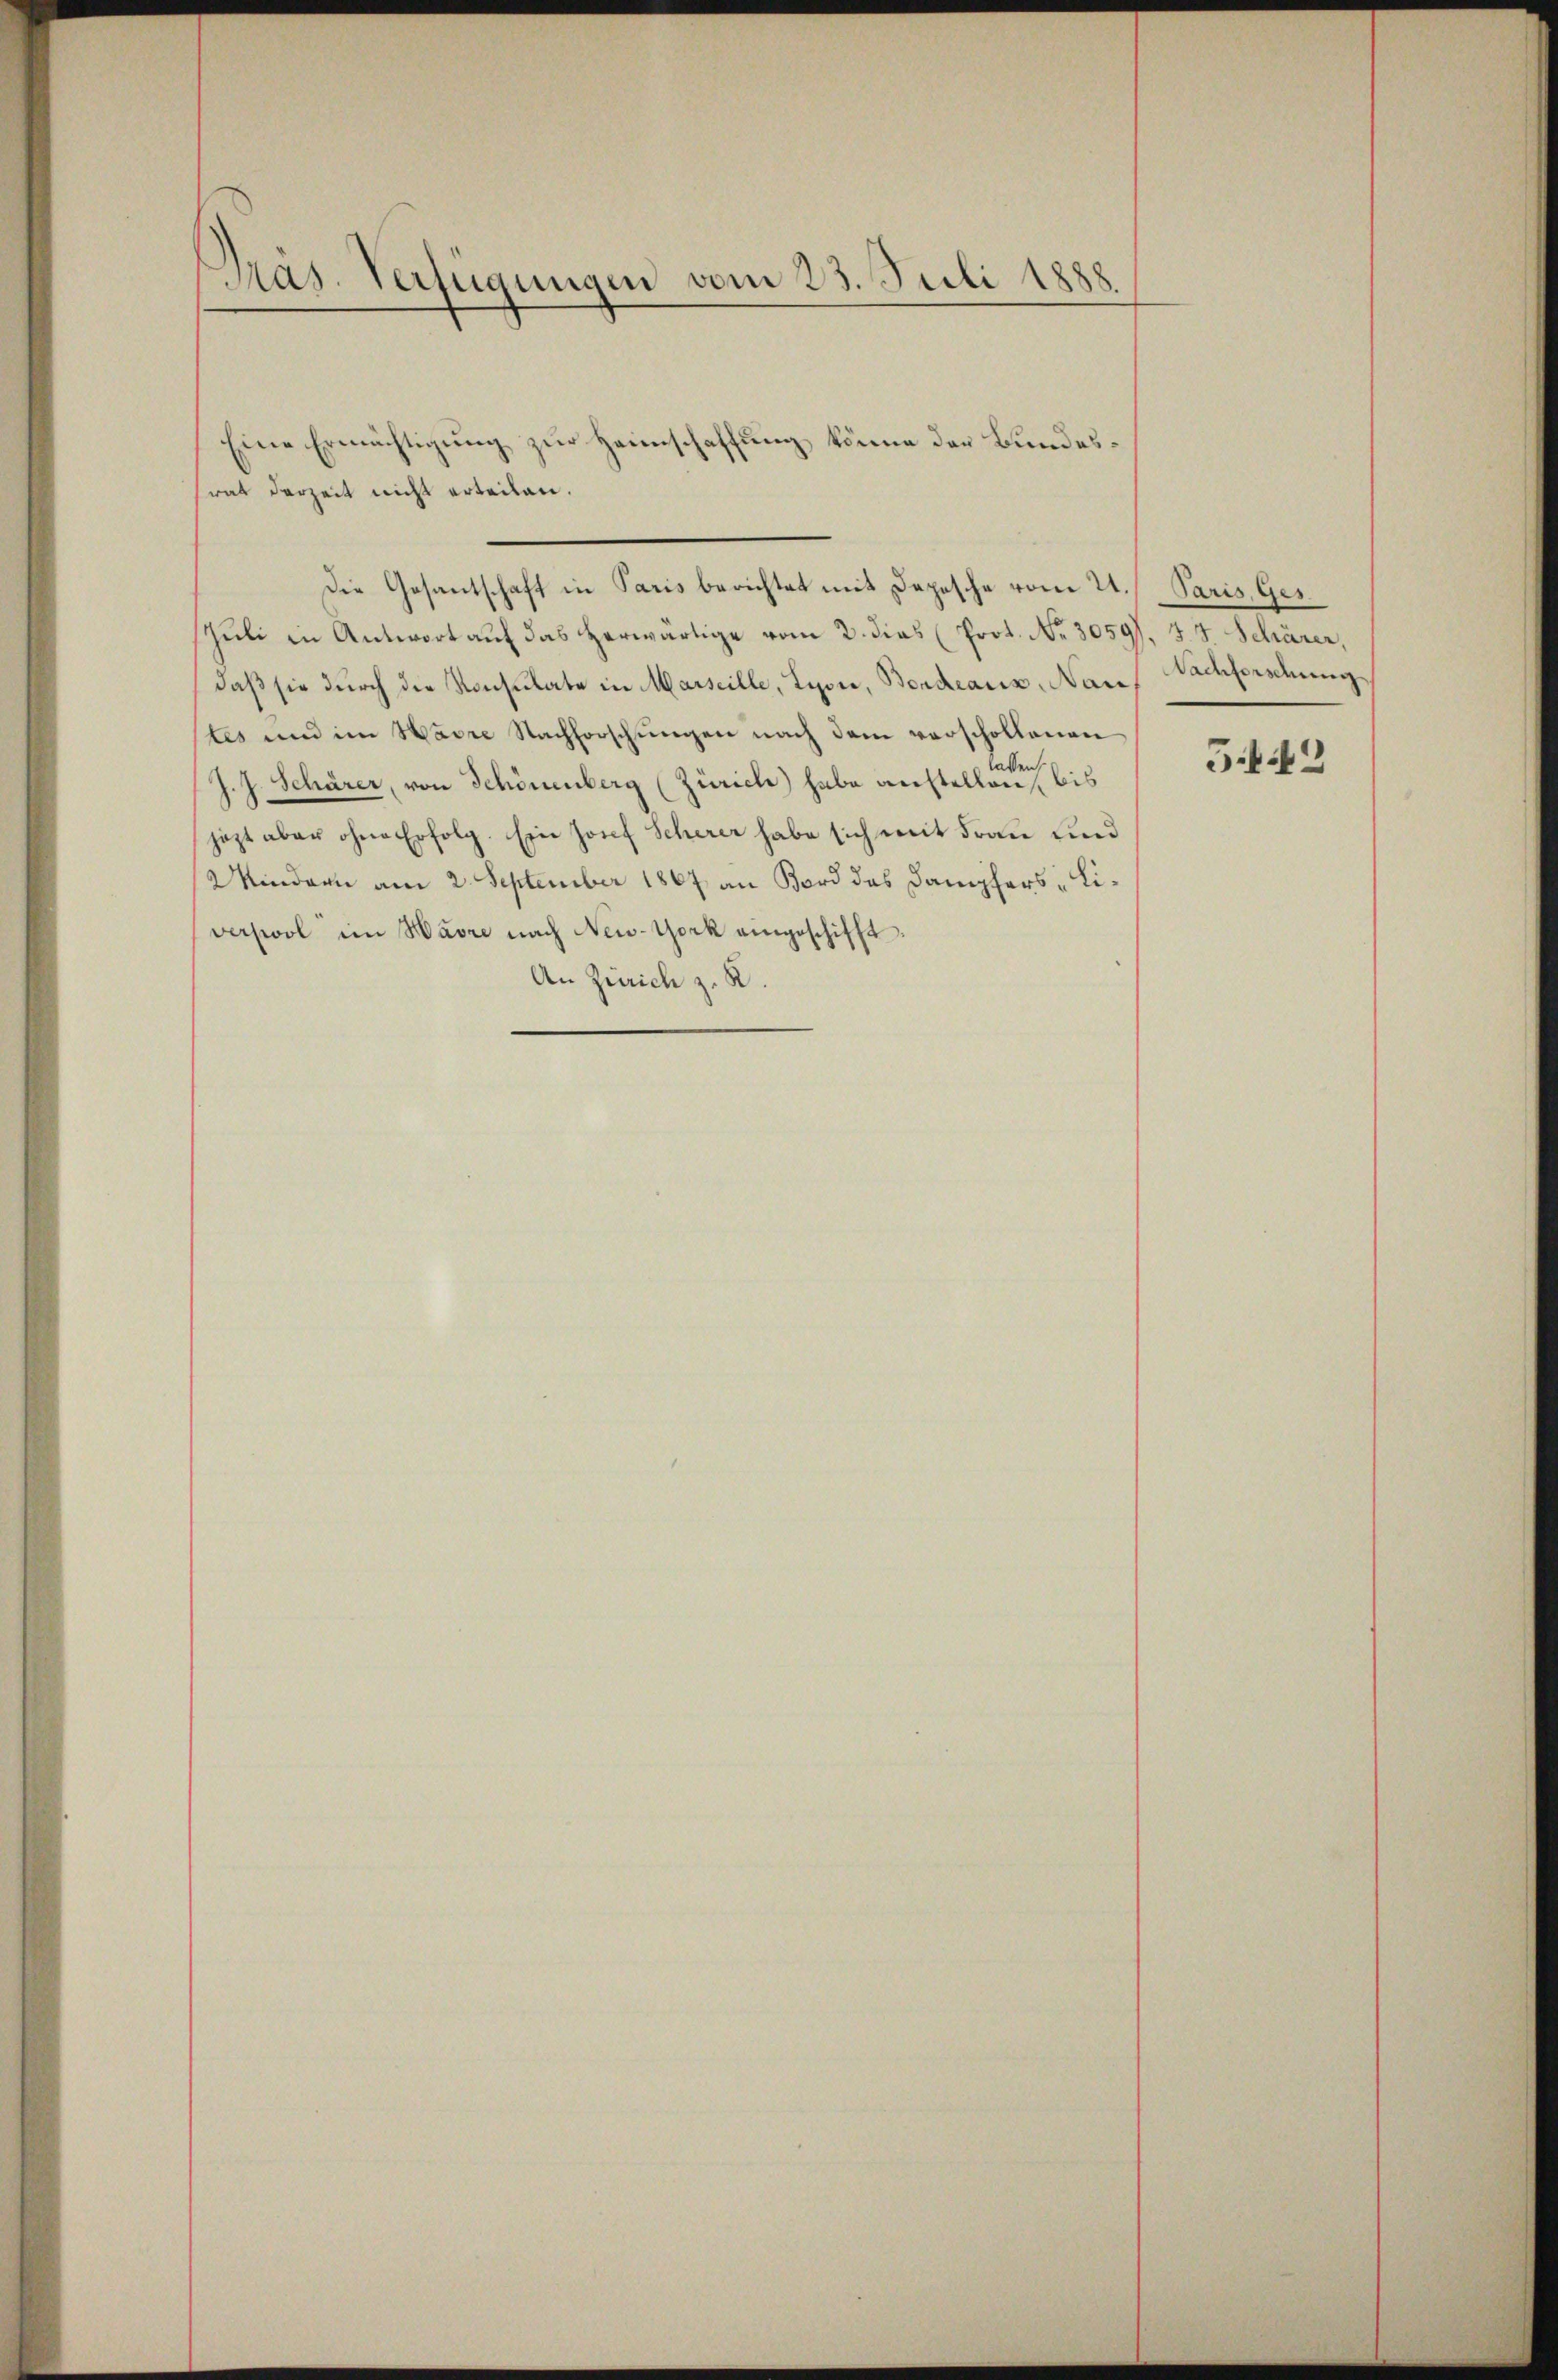
Präs. Verfügungen vom 25. Juli 1888

srat derzeit nicht erteilen.
Juli in Antwort auf das herwärtige vom 2. dies (Prot. No. 3059). J. J. Schärer,
daβ sie durch die Konsulate in Marseille, Lyon, Bordearis, Nau, Nachforschung
tes und im Havre Nachforschŭngen nach dem verschollenen
lassen
J. J. Schärer, von Schönenberg (Zürich) habe anstellen, bis
jezt aber ohne Erfolg. Ein Josef Scherer habe sich mit Frau und
Windern am 2. September 1867 an Bord das Dampfers - Liverpool im Havre nach New-York eingeschifft.
An Zürich z. R.

Eine Ermächtigung zur Heimschaffung könne der Bundes¬

Die Gesantschaft in Paris berichtet mit Depesche vom 21. Paris, Ges.

52